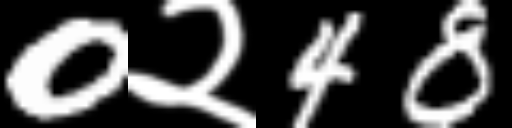
Text: 0२48